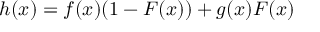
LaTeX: h ( x ) = f ( x ) ( 1 - F ( x ) ) + g ( x ) F ( x )